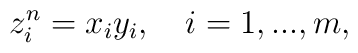
z_{i }^{n}=x_{i}y_{i},\quad i =1,...,m,